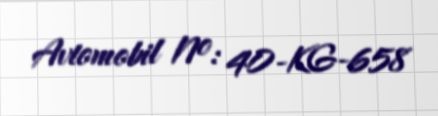
Avtomobil №: 40-KG-658